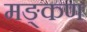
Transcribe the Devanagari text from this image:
मङ्कण